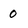
Character: 0